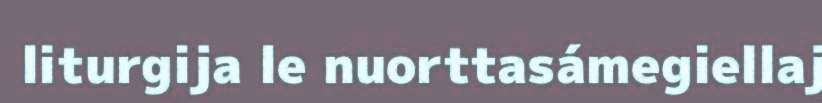
liturgija le nuorttasámegiellaj